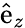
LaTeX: \hat{\mathrm{e}}_{z}